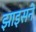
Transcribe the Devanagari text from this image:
झाइसने